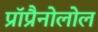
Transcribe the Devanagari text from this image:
प्रॉप्रैनोलोल